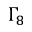
\Gamma _ { 8 }